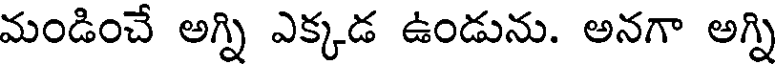
మండించే అగ్ని ఎక్కడ ఉండును. అనగా అగ్ని